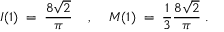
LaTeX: I ( 1 ) \; = \; \frac { 8 \sqrt { 2 } } { \pi } \; \; \; \; , \; \; \; \; M ( 1 ) \; = \; \frac { 1 } { 3 } \frac { 8 \sqrt { 2 } } { \pi } \; .